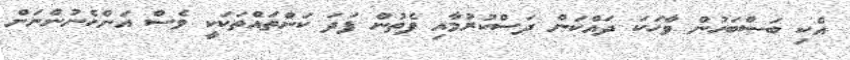
އެކި ބަސްބަހުން ވާހަކަ ދައްކަން ދަސްކުރުމާއި ފެތުން ފަދަ ކަންތައްތަކަކީ ވެސް އަންހެނުންނަށް